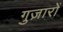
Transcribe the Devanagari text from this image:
गुज़ारों